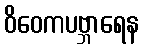
ဝိဝေကပဗ္ဘာရေန